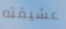
عشيقته